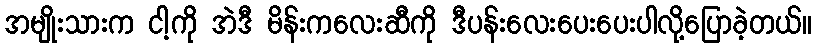
အမျိုးသားက ငါ့ကို အဲဒီ မိန်းကလေးဆီကို ဒီပန်းလေးပေးပေးပါလို့ပြောခဲ့တယ်။